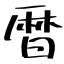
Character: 暦